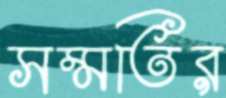
সম্মতির